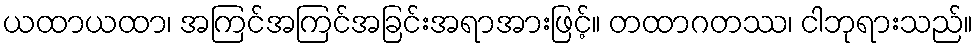
ယထာယထာ၊ အကြင်အကြင်အခြင်းအရာအားဖြင့်။ တထာဂတဿ၊ ငါဘုရားသည်။